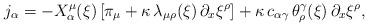
LaTeX: \begin{align*}j_\alpha = - X_\alpha^\mu(\xi) \, [\pi_\mu + \kappa \,\lambda_{\mu \rho}(\xi) \, \partial_x \xi^\rho] + \kappa \, c_{\alpha\gamma} \, \theta^\gamma_\rho (\xi) \, \partial_x \xi^\rho,\end{align*}